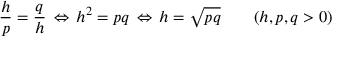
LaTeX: { \frac { h } { p } } = { \frac { q } { h } } \, \Leftrightarrow \, h ^ { 2 } = p q \, \Leftrightarrow \, h = { \sqrt { p q } } \qquad ( h , p , q > 0 )